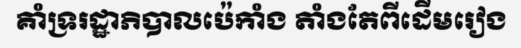
គាំទ្ររដ្ឋាភិបាលប៉េកាំង តាំងតែពីដើមរៀង